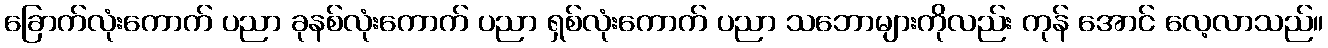
ခြောက်လုံးကောက် ပညာ ခုနစ်လုံးကောက် ပညာ ရှစ်လုံးကောက် ပညာ သဘောများကိုလည်း ကုန် အောင် လေ့လာသည်။